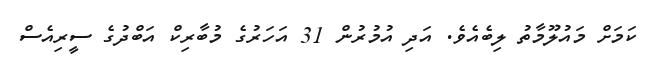
ކަމަށް މައުލޫމާތު ލިބެއެވެ. އަދި އުމުރުން 31 އަހަރުގެ މުބާރިކް އަބްދުގެ ސީރިއެސް